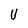
Character: U